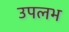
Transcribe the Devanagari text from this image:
उपलभ